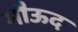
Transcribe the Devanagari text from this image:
मौऊद